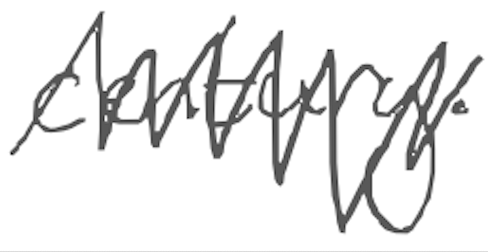
Text: century.
Cross-out: zig-zag
Writing tool: digital_gray